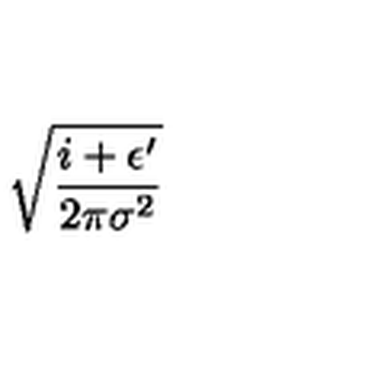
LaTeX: \sqrt { \frac { i + \epsilon ^ { \prime } } { 2 \pi \sigma ^ { 2 } } }